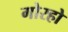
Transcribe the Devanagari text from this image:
गोरहो